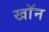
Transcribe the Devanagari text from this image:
खाॅन